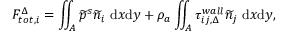
F _ { t o t , i } ^ { \Delta } = \iint _ { A } \widetilde { p } ^ { s } \widetilde { n } _ { i } \ \mathrm { d } x \mathrm { d } y + \rho _ { a } \iint _ { A } \tau _ { i j , \Delta } ^ { w a l l } \widetilde { n } _ { j } \ \mathrm { d } x \mathrm { d } y ,